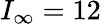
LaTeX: I_{\infty}=12\